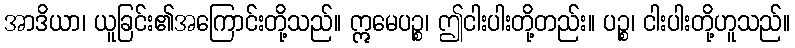
အာဒိယာ၊ ယူခြင်း၏အကြောင်းတို့သည်။ ဣမေပဉ္စ၊ ဤငါးပါးတို့တည်း။ ပဉ္စ၊ ငါးပါးတို့ဟူသည်။